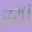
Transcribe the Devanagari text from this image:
लय।